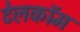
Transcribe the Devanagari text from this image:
टेलकॉम